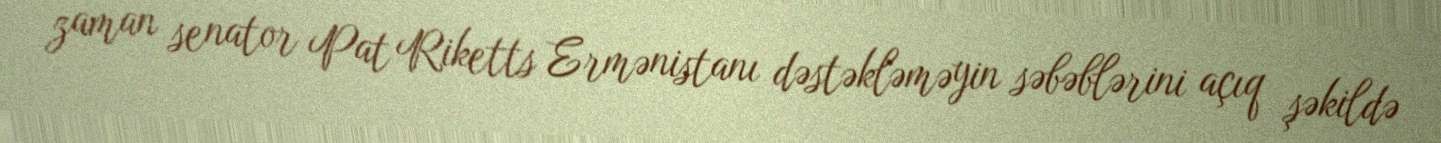
zaman senator Pat Riketts Ermənistanı dəstəkləməyin səbəblərini açıq şəkildə